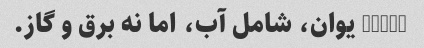
15000 یوان، شامل آب، اما نه برق و گاز.